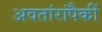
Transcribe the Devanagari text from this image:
अवतांरांपैकीं